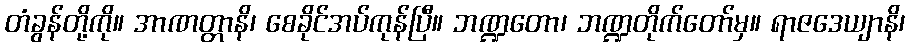
တံခွန်တို့ကို။ အာဏတ္တာနိ၊ စေခိုင်အပ်ကုန်ပြီ။ ဘဏ္ဍတော၊ ဘဏ္ဍတိုက်တော်မှ။ ရာဇဒေယျာနိ၊